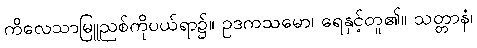
ကိလေသာမြူညစ်ကိုပယ်ရာ၌။ ဥဒကသမော၊ ရေနှင့်တူ၏။ သတ္တာနံ၊